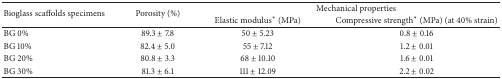
<table><thead><tr><td rowspan="2"><b>Bioglass scaffolds specimens</b></td><td rowspan="2"><b>Porosity (%)</b></td><td colspan="2"><b>Mechanical properties</b></td></tr><tr><td><b>Elastic modulus<sup><i>∗</i></sup> (MPa)</b></td><td><b>Compressive strength<sup><i>∗</i></sup> (MPa) (at 40% strain)</b></td></tr></thead><tbody><tr><td>BG 0%</td><td>89.3 ± 7.8</td><td>50 ± 5.23</td><td>0.8 ± 0.16</td></tr><tr><td>BG 10%</td><td>82.4 ± 5.0</td><td>55 ± 7.12</td><td>1.2 ± 0.01</td></tr><tr><td>BG 20%</td><td>80.8 ± 3.3</td><td>68 ± 10.10</td><td>1.6 ± 0.01</td></tr><tr><td>BG 30%</td><td>81.3 ± 6.1</td><td>111 ± 12.09</td><td>2.2 ± 0.02</td></tr></tbody></table>